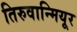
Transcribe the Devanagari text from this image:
तिरुवान्मियूर